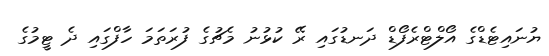
ޔުނައިޓެޑްގެ އޯލްޓްރެފޯޑް ދަނޑުގައި ރޭ ކުޅުނު މެޗުގެ ފުރަތަމަ ހާފްގައި ދެ ޓީމުގެ